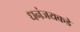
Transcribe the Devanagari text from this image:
धनंजयकडे